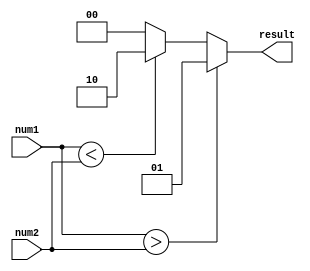
module signed_comparator (
    input signed [7:0] num1,
    input signed [7:0] num2,
    output [1:0] result
);

assign result = (num1 > num2) ? 2'b01 : (num1 < num2) ? 2'b10 : 2'b00;

endmodule